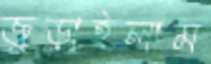
জুড়াইলাম